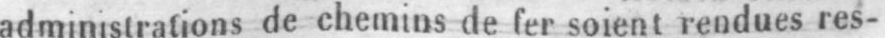
administrations de chemins de fer soient rendues res-